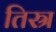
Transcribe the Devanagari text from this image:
तिस्र